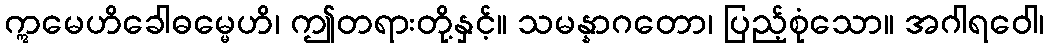
ဣမေဟိခေါဓမ္မေဟိ၊ ဤတရားတို့နှင့်။ သမန္နာဂတော၊ ပြည့်စုံသော။ အဂါရဝေါ၊